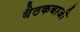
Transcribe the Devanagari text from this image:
बैठकबाजी